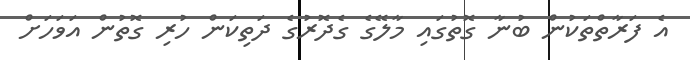
އެ ފަރާތްތަކުން ބުނާ ގޮތުގައި މާލޭގެ ގެދޮރުގެ ދަތިކަން ހުރި ގޮތުން އަވަހަށް